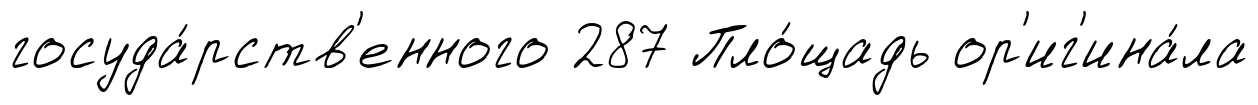
госуда́рств'енного 287 Пло́щадь ор'иг'ина́ла